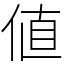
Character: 値